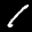
Label: 1